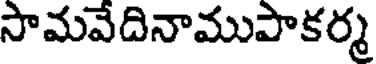
సామవేదినాముపాకర్మ